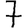
Digit: 7